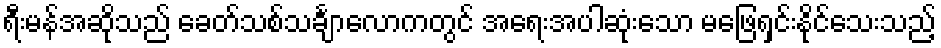
ရီးမန်အဆိုသည် ခေတ်သစ်သင်္ချာလောကတွင် အရေးအပါဆုံးသော မဖြေရှင်းနိုင်သေးသည့်